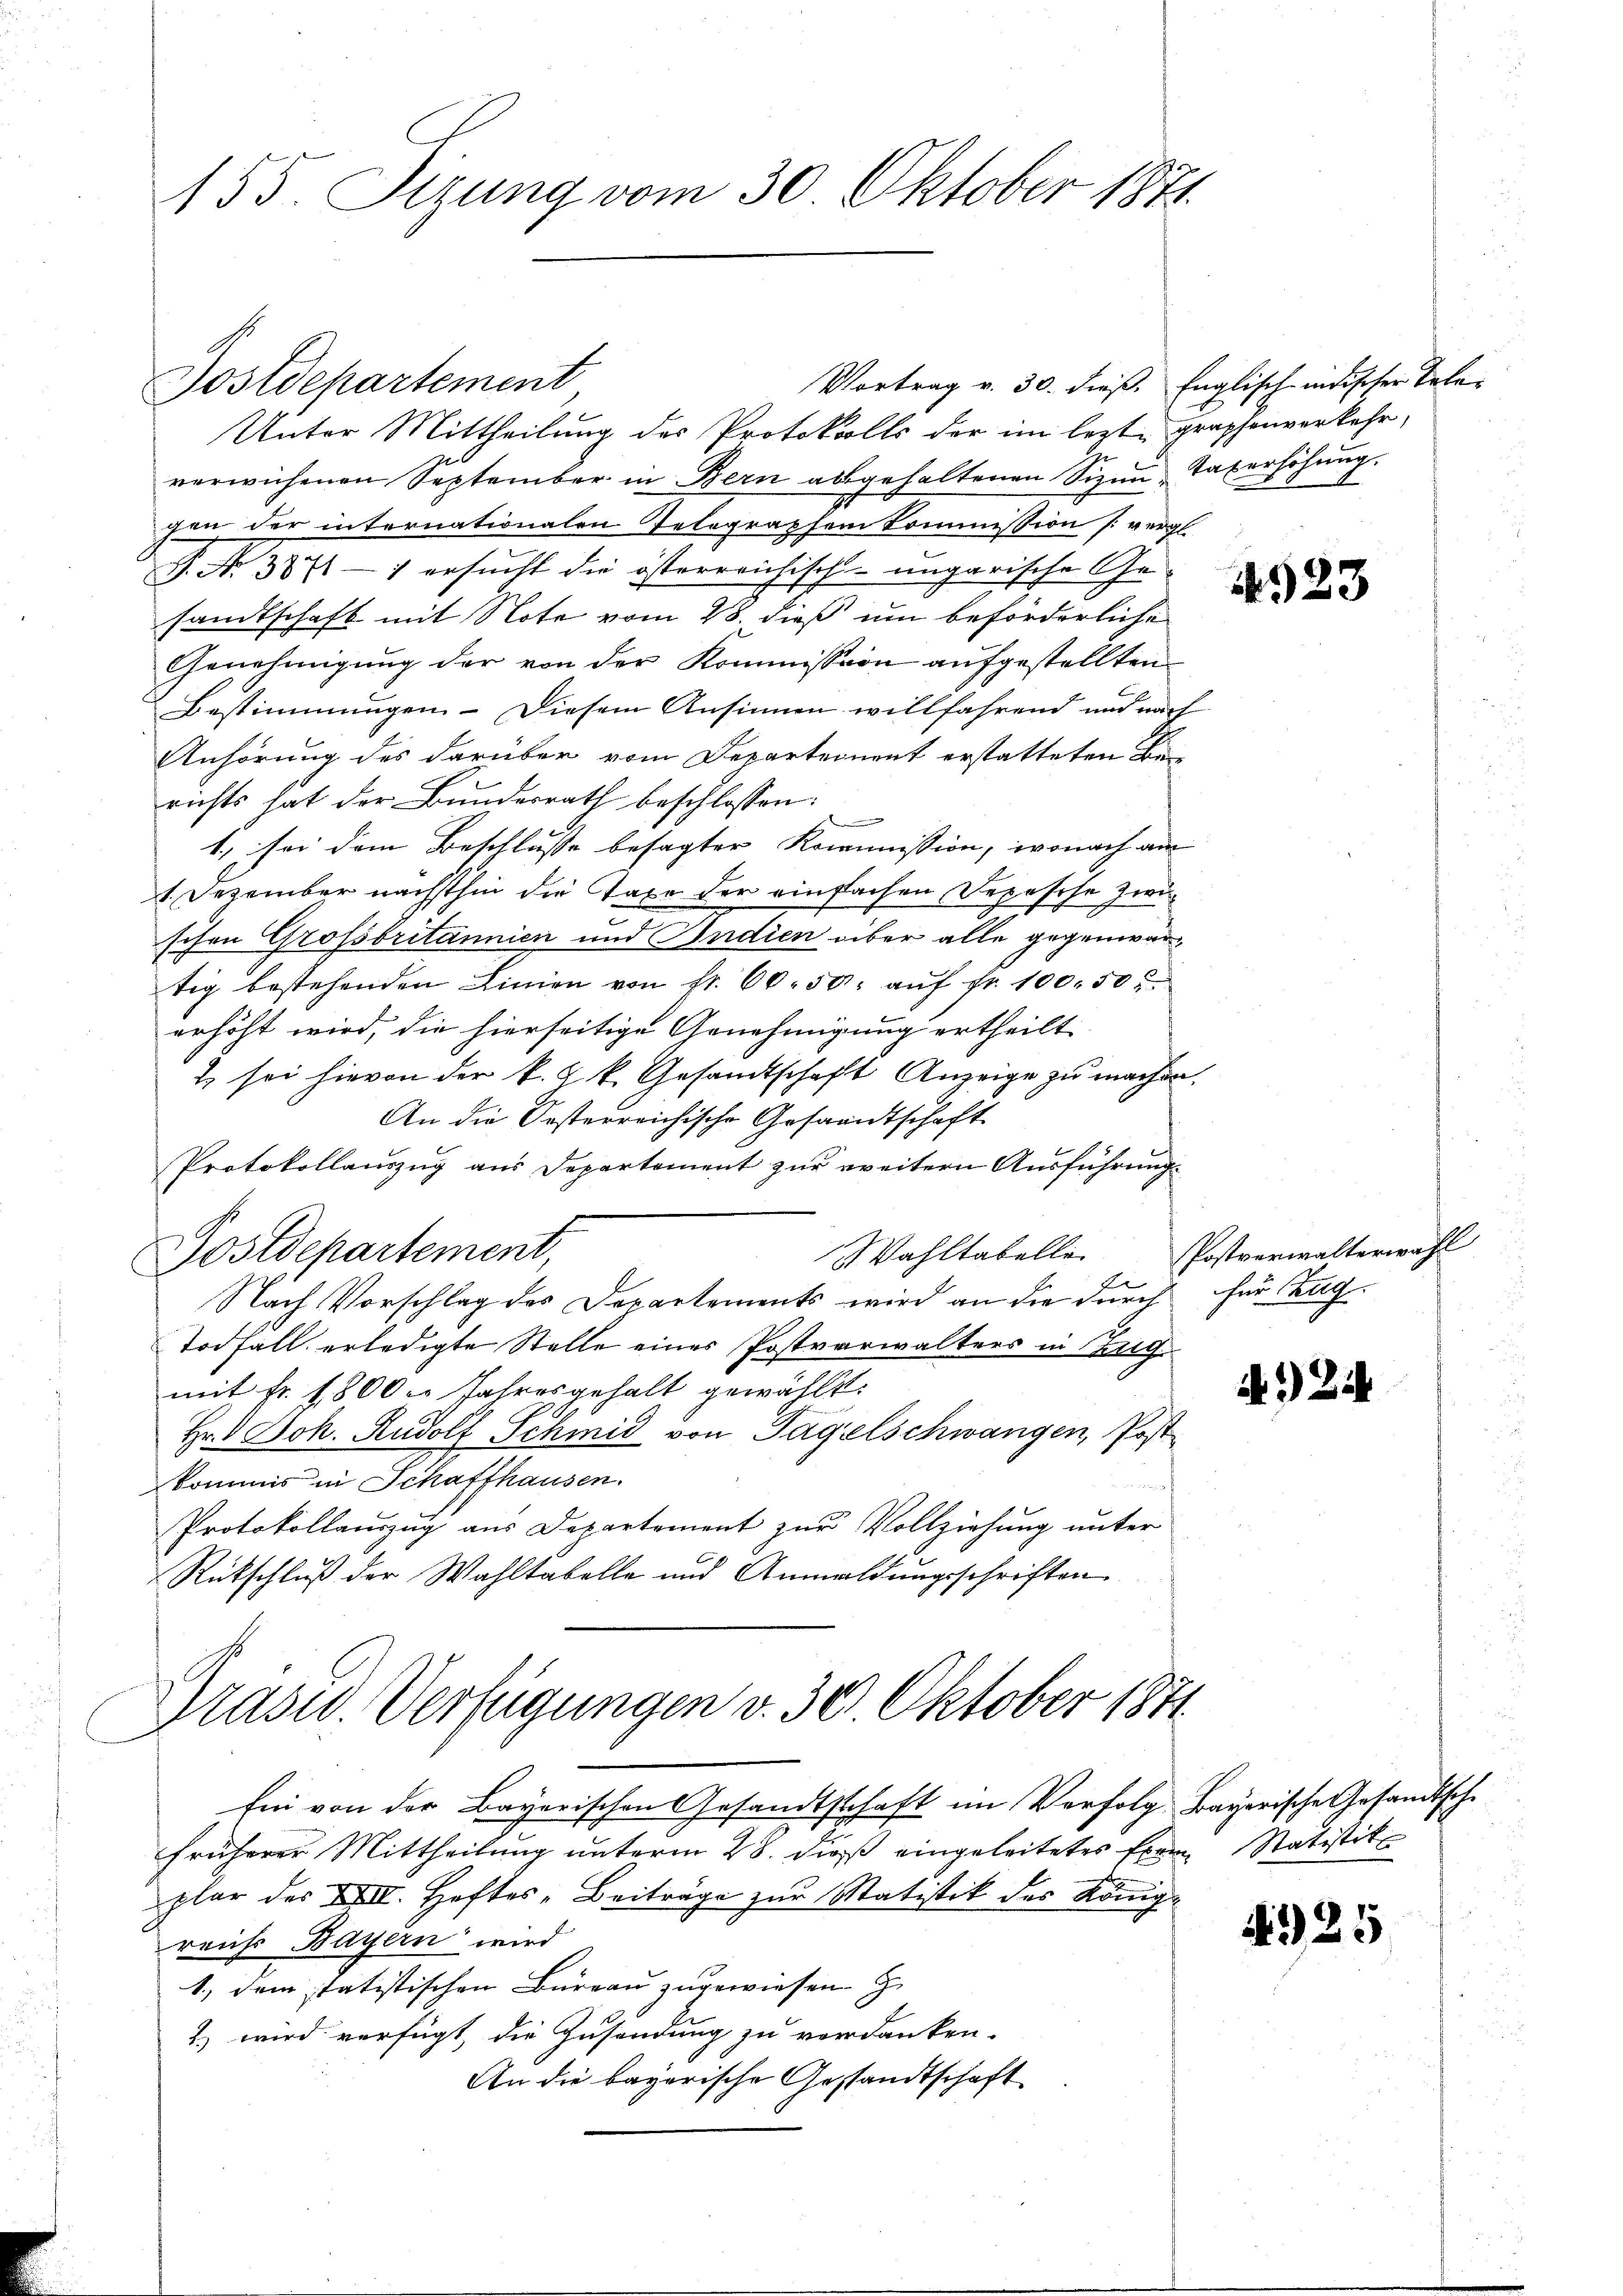
155. Sizung vom 30. Oktober 1871

Postdepartement

Unter Mittheilung des Protokolls der im lezte graphenverkehrverwichenen September in Bern abgehaltenen Sizin Taxerhöhung.
gen der internationalen Telegraphen Commission (vergl
P. Nr. 3871 - 1 ersucht die österreichisch-ungarische Ge-
sandtschaft mit Note vom 28. dieß um beförderliche
Genehmigung der von der Kommission aufgestellten
Bestimmungen. Diesem Ansinnen willfahrend und nach
Anhörung des darüber vom Departement erstatteten Berichts hat der Bundesrath beschlossen:
1, sei dem Beschlusse besagter Kommission, wonach am
1. Dezember nächsthin die Taxe der einfachen Depesche zwischen Grossbritannien und Indien über alle gegenwärtig bestehenden Linien von fr. 60. 50. aŭf fr. 100. 50.
erhöht wird, die hierseitige Genehmigung ertheilt
2 sei hievon der k. k. Gesandtschaft Anzeige zu machen.
An die Oesterreichische Gesammtschaft
Protokollauszug aus Departement zur weitern Ausführungs
Wahltabelle
Postdepartement,
J
Nach Vorschlag des Departements wird an die durch für Tag¬
Todfall erledigte Stelle einer Postverwalters in Zug
mit Fr. 1800 l. Jahresgehalt gewählt:
Hr. Joh. Rudolf Schmid von Tagelschwangen, Post
kommis in Schaffhausen.
nich
Protokollauszug aus Departement zur Vollziehung unter
C
Rückschluß der Wahltabelle und Anmeldungsschriften
Präsid. Verfügungen v. 30. Oktober 1871.
Ein von der Bayerischen Gesandtschaft im Verfolg. Bayerische Gesandtsche
früherer Mittheilung unterm 28. dieß eingeleitetes Exem Statistit
plar des XII. Heftes - Beiträge zur Matistik des Königreichs Bayern wird
1., dem statistischen Bureau zugewiesen.
2.) wird verfügt, die Zusendung zu verdanken.
An die bayerische Gestandtschaft

Vortrag v. 30. dieß. Englisch-indischer Tele¬

1523

Postverwalterwahl

.1) Di

125